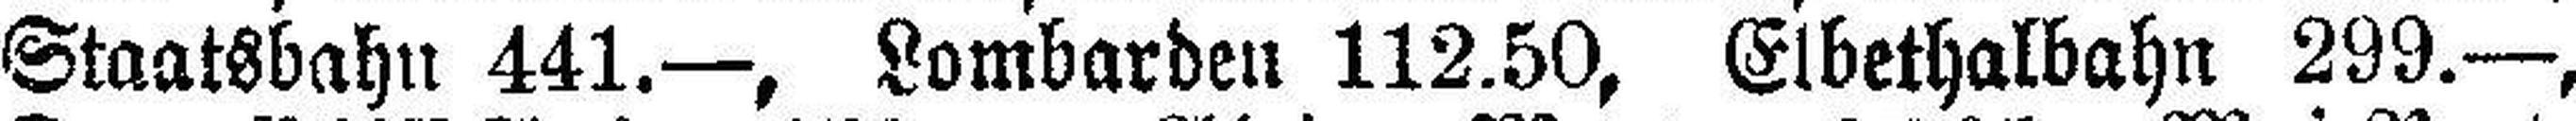
Staatsbahn 441.—, Lombarden 112.50, Eibethalbahn 299.—,